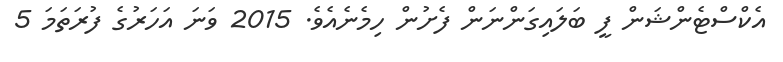
އެކްސްޓެންޝަން ފީ ބަލައިގަންނަން ފެށުން ހިމެނެއެވެ. 2015 ވަނަ އަހަރުގެ ފުރަތަމަ 5